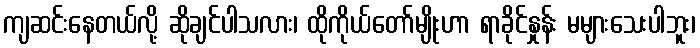
ကျဆင်းနေတယ်လို့ ဆိုချင်ပါသလား၊ ထိုကိုယ်တော်မျိုးဟာ ရာခိုင်နှုန်း မများသေးပါဘူး၊